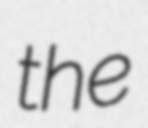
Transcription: the